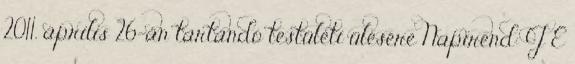
2011. április 26-án tartandó testületi ülésére Napirend: J E